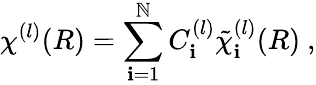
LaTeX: \chi^{(l)}(R)=\sum_{\mathbf{i}=1}^{\mathbb{N}}C_{\mathbf{i}}^{(l)}{\tilde{{\chi}}}_{\mathbf{i}}^{(l)}(R)\ ,